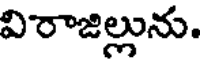
విరాజిల్లును.